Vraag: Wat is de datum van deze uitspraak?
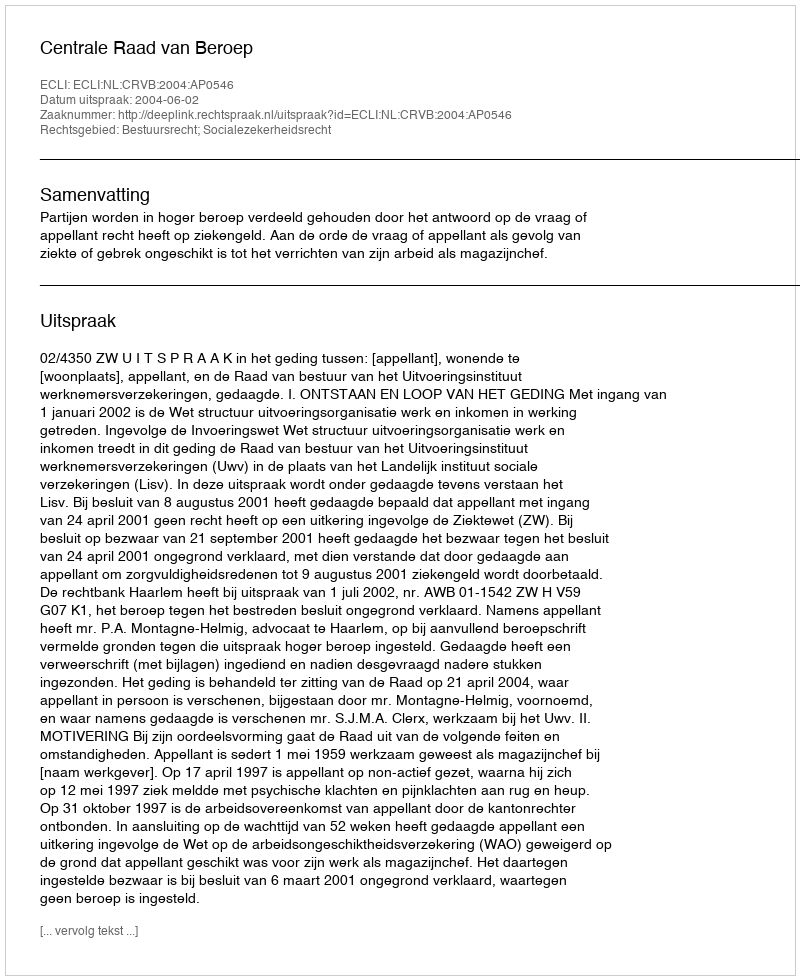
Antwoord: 2004-06-02